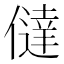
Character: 㒓